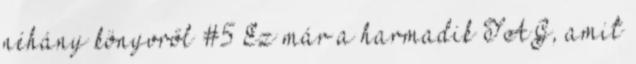
néhány könyvről #5 Ez már a harmadik TAG, amit